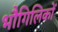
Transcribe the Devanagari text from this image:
भौगिलिकों